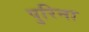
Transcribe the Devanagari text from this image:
पुरिना